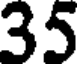
35